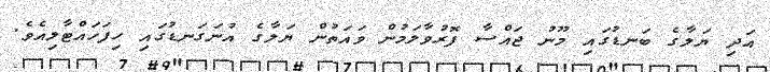
އަދި ޔަލާގެ ބަނޑުގައި މޫނު ޖައްސާ ފޮރުވާލަމުން ވައަތުން ޔަލާގެ އުނަގަނޑުގައި ހިފަހައްޓާލިއެވެ.